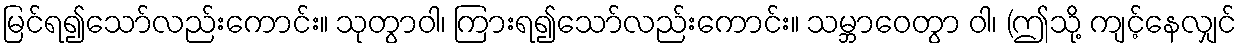
မြင်ရ၍သော်လည်းကောင်း။ သုတွာဝါ၊ ကြားရ၍သော်လည်းကောင်း။ သမ္ဘာဝေတွာ ဝါ၊ (ဤသို့ ကျင့်နေလျှင်